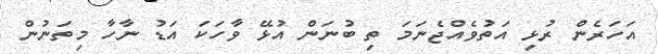
އަހަރެން ރުޅި އަތުވެއްޖެނަމަ ތި ބުނަން އުޅޭ ވާހަކަ އަޑު ނާހާ މިތަނުން